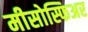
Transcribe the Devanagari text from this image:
मीसोस्फिअर